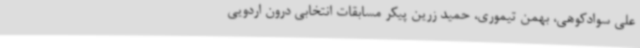
علی سوادکوهی، بهمن تیموری، حمید زرین پیکر مسابقات انتخابی درون اردویی